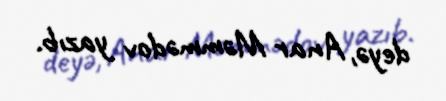
deyə, Anar Məmmədov yazıb.